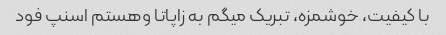
با کیفیت، خوشمزه، تبریک میگم به زاپاتا وهستم اسنپ فود